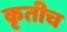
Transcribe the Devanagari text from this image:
कृतीच